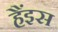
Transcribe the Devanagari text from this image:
हैंइस